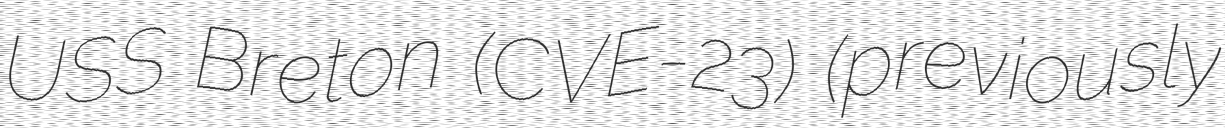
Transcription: USS Breton (CVE-23) (previously